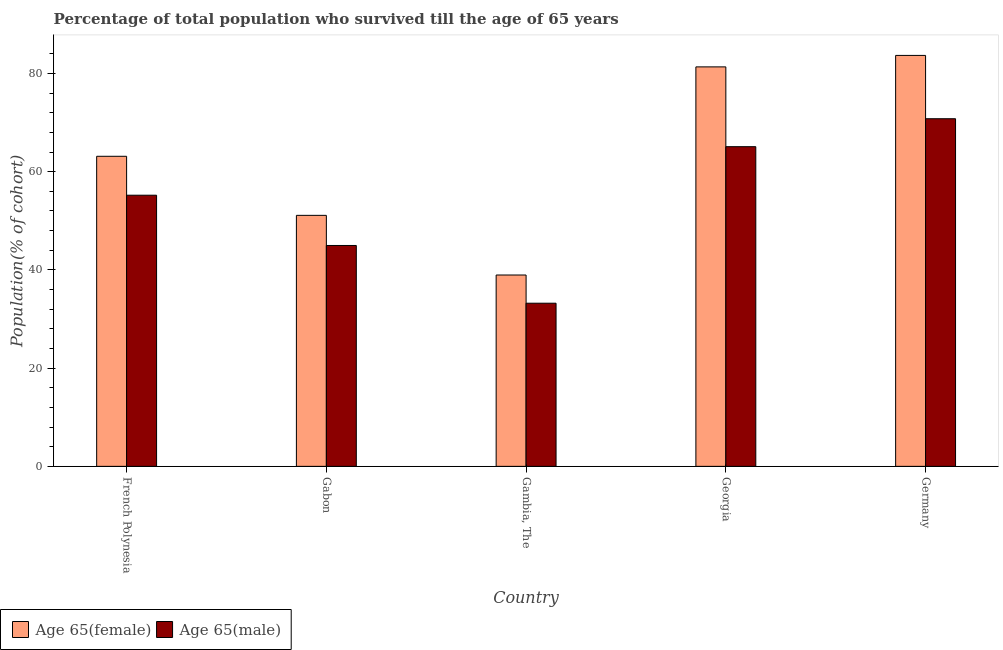
| Country | Age 65(female) | Age 65(male) |
 | --- | --- | --- |
 | French Polynesia | 63.1 | 55.2 |
 | Gabon | 51.1 | 45 |
 | Gambia, The | 39 | 33.2 |
 | Georgia | 81.3 | 65.1 |
 | Germany | 83.7 | 70.8 |